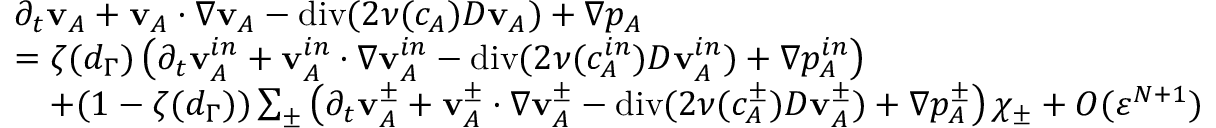
\begin{array} { r l } & { \partial _ { t } \mathbf { v } _ { A } + \mathbf { v } _ { A } \cdot \nabla \mathbf { v } _ { A } - \operatorname { d i v } ( 2 \nu ( c _ { A } ) D \mathbf { v } _ { A } ) + \nabla p _ { A } } \\ & { = \zeta ( d _ { \Gamma } ) \left( \partial _ { t } \mathbf { v } _ { A } ^ { i n } + \mathbf { v } _ { A } ^ { i n } \cdot \nabla \mathbf { v } _ { A } ^ { i n } - \operatorname { d i v } ( 2 \nu ( c _ { A } ^ { i n } ) D \mathbf { v } _ { A } ^ { i n } ) + \nabla p _ { A } ^ { i n } \right) } \\ & { \quad + ( 1 - \zeta ( d _ { \Gamma } ) ) \sum _ { \pm } \left( \partial _ { t } \mathbf { v } _ { A } ^ { \pm } + \mathbf { v } _ { A } ^ { \pm } \cdot \nabla \mathbf { v } _ { A } ^ { \pm } - \operatorname { d i v } ( 2 \nu ( c _ { A } ^ { \pm } ) D \mathbf { v } _ { A } ^ { \pm } ) + \nabla p _ { A } ^ { \pm } \right) \chi _ { \pm } + O ( \ensuremath { \varepsilon } ^ { N + 1 } ) } \end{array}